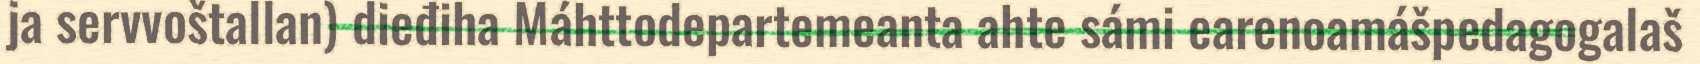
ja servvoštallan) dieđiha Máhttodepartemeanta ahte sámi earenoamášpedagogalaš